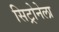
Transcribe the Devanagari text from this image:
सिट्रोनेला